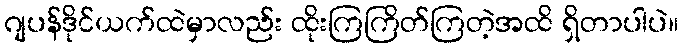
ဂျပန်ဒိုင်ယက်ထဲမှာလည်း ထိုးကြကြိတ်ကြတဲ့အထိ ရှိတာပါပဲ။